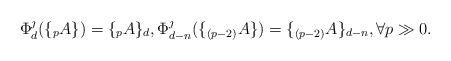
LaTeX: \begin{align*} \Phi_d^\jmath (\{_{p}A\}) = \{ _{p} A\}_d, \Phi_{d-n}^\jmath (\{ _{(p-2)} A\}) =\{ _{(p-2)} A\}_{d-n}, \forall p\gg0.\end{align*}